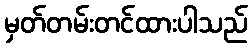
မှတ်တမ်းတင်ထားပါသည်